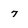
Character: 7